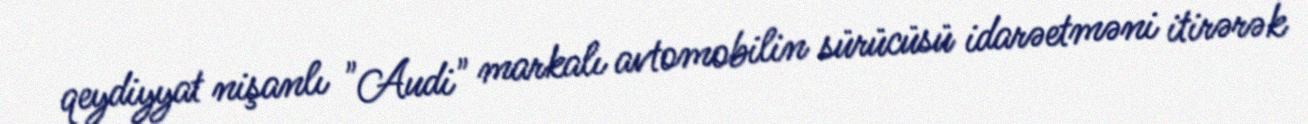
qeydiyyat nişanlı "Audi" markalı avtomobilin sürücüsü idarəetməni itirərək